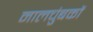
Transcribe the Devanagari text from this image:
नालचुंबकों